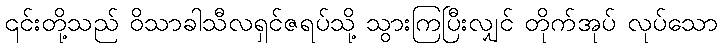
၎င်းတို့သည် ဝိသာခါသီလရှင်ဇရပ်သို့ သွားကြပြီးလျှင် တိုက်အုပ် လုပ်သော